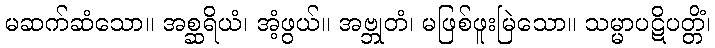
မဆက်ဆံသော။ အစ္ဆရိယံ၊ အံ့ဖွယ်။ အဗ္ဘုတံ၊ မဖြစ်ဖူးမြဲသော။ သမ္မာပဋိပတ္တိံ၊